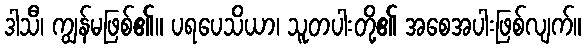
ဒါသီ၊ ကျွန်မဖြစ်၏။ ပရပေသိယာ၊ သူတပါးတို့၏ အစေအပါးဖြစ်လျက်။